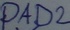
Text: PAD2